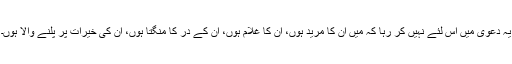
یہ دعویٰ میں اس لئے نہیں کر رہا کہ میں ان کا مرید ہوں، ان کا غلام ہوں، ان کے در کا منگتا ہوں، ان کی خیرات پر پلنے والا ہوں۔